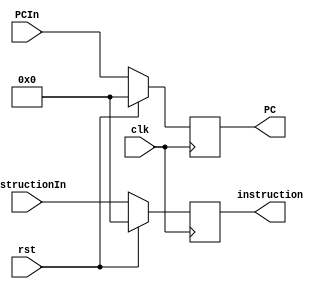
`timescale 1ns/1ns
module IF_ID (clk, rst, PCIn, instructionIn, PC, instruction);	// flush, freeze
  input clk, rst;
  input [31:0] PCIn, instructionIn;
  output reg [31:0] PC, instruction;
  always @ (posedge clk) begin
    if (rst) begin
      PC <= 0;
      instruction <= 0;
    end
    else begin
       instruction <= instructionIn;
       PC <= PCIn;
     end
  end
 endmodule // IF_ID
 /*
   always @ (posedge clk) begin
    if (rst) begin
      PC <= 0;
      instruction <= 0;
    end
    else begin
      if (~freeze) begin
        if (flush) begin
          instruction <= 0;
          PC <= 0;
        end
        else begin
          instruction <= instructionIn;
          PC <= PCIn;
        end
      end
    end
  end
 endmodule // IF_ID
 */